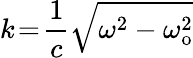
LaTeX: k\! =\! \frac{1}{c}\sqrt{\omega^{2}-\omega_{\mathrm{o}}^{2}}